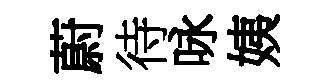
蔚待咏姨